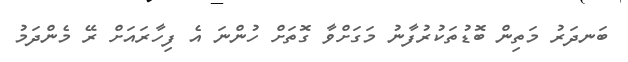
ބަނދަރު މަތިން ބޮޑުތަކުރުފާނު މަގަށްވާ ގޮތަށް ހުންނަ އެ ފިހާރައަށް ރޭ މެންދަމު